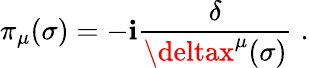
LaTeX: \pi_{\mu}(\sigma)=-\mathbf{i}\frac{{\delta}}{{\deltax^{\mu}(\sigma)}}\; .